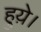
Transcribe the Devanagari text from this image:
हुय़े।